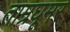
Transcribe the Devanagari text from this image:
ताम्रघूमर